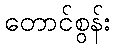
တောင်စွန်း